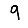
Digit: 9